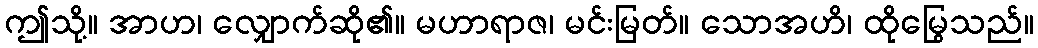
ဤသို့။ အာဟ၊ လျှောက်ဆို၏။ မဟာရာဇ၊ မင်းမြတ်။ သောအဟိ၊ ထိုမြွေသည်။